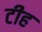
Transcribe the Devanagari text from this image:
टीह